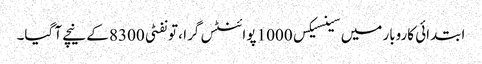
ابتدائی کاروبار میں سینسیکس 1000 پوائنٹس گرا ، تو نفٹی 8300 کے نیچے آ گیا۔